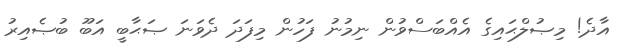
އާދެ! މިޞުލްޙައިގެ އެއްބަސްވުން ނިމުނު ފަހުން މިފަދަ ދެވަނަ ޞަޙާބީ އަބޫ ބުޞެއިރު